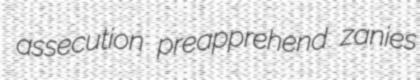
assecution preapprehend zanies